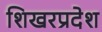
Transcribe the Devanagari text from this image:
शिखरप्रदेश